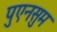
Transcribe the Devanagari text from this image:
पुएनसुम